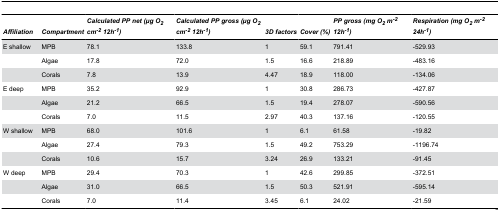
| Affiliation | Compartment | Calculated PP net (μg O2 cm-2 12h-1) | Calculated PP gross (μg O2 cm-2 12h-1) | 3D factors | Cover (%) | PP gross (mg O2 m-2 12h-1) | Respiration (mg O2 m-2 24h-1) |
 | --- | --- | --- | --- | --- | --- | --- | --- |
 | E shallow | MPB | 78.1 | 133.8 | 1 | 59.1 | 791.41 | -529.93 |
 |  | Algae | 17.8 | 72.0 | 1.5 | 16.6 | 218.89 | -483.16 |
 |  | Corals | 7.8 | 13.9 | 4.47 | 18.9 | 118.00 | -134.06 |
 | E deep | MPB | 35.2 | 92.9 | 1 | 30.8 | 286.73 | -427.87 |
 |  | Algae | 21.2 | 66.5 | 1.5 | 19.4 | 278.07 | -590.56 |
 |  | Corals | 7.0 | 11.5 | 2.97 | 40.3 | 137.16 | -120.55 |
 | W shallow | MPB | 68.0 | 101.6 | 1 | 6.1 | 61.58 | -19.82 |
 |  | Algae | 27.4 | 79.3 | 1.5 | 49.2 | 753.29 | -1196.74 |
 |  | Corals | 10.6 | 15.7 | 3.24 | 26.9 | 133.21 | -91.45 |
 | W deep | MPB | 29.4 | 70.3 | 1 | 42.6 | 299.85 | -372.51 |
 |  | Algae | 31.0 | 66.5 | 1.5 | 50.3 | 521.91 | -595.14 |
 |  | Corals | 7.0 | 11.4 | 3.45 | 6.1 | 24.02 | -21.59 |